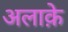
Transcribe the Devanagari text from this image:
अलाक़े